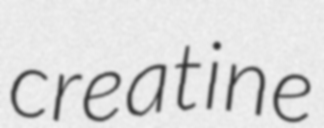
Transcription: creatine